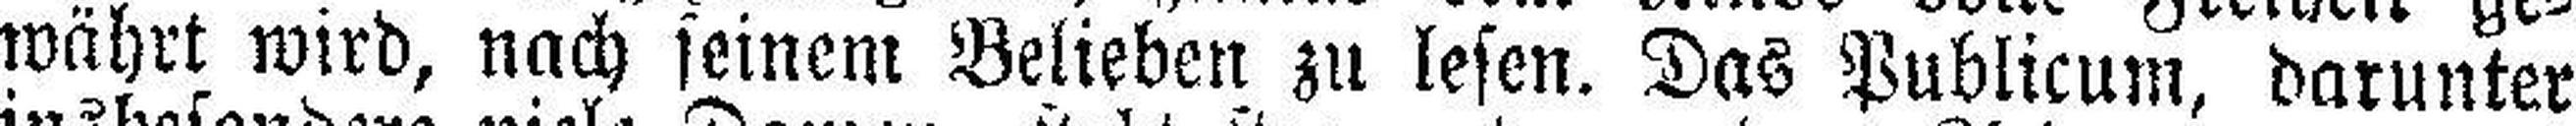
währt wird, nach seinem Belieben zu lesen. Das Publicum, darunter